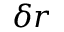
\delta r